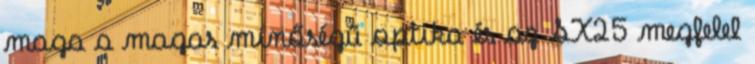
maga a magas minőségű optika és az SX25 megfelel